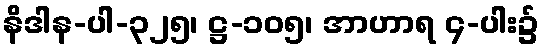
နိဒါန-ပါ-၃၂၅၊ ဋ္ဌ-၁၀၅၊ အာဟာရ ၄-ပါး၌